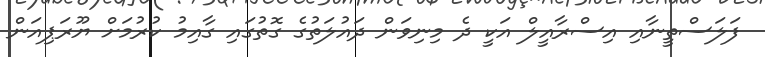
ފަލަސްތީނާއި އިސްރާއީލް އަކީ ދެ މިނިވަން ދައުލަތުގެ ގޮތުގައި ގާއިމު ކުރުމަށް ޔޫރަޕިއަން